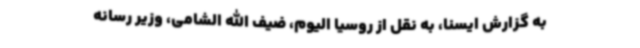
به گزارش ایسنا، به نقل از روسیا الیوم، ضیف الله الشامی، وزیر رسانه